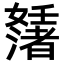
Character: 𡤊